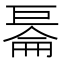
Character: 𱜙